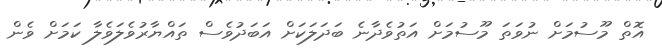
އޮތް މޫސުމަށް ނުވަތަ މޫސުމަށް އަތުވެދާނެ ބަދަލަކަށް އަބަދުވެސް ތައްޔާރުވެލަވެލާ ކަމަށް ވެން